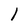
Character: 1